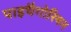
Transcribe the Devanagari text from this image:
पाइथैगोरियन